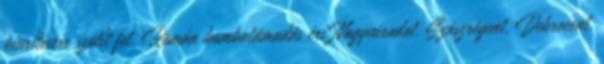
kiürítésére szólít fel. Román bombatámadás éri Nagyváradot, Szászrégent, Debrecent,